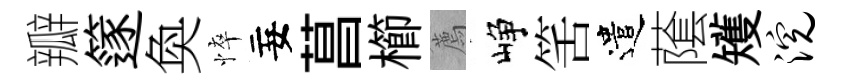
瓣篴奐悴妄菖櫛薦峥筈遣䕃矱浣